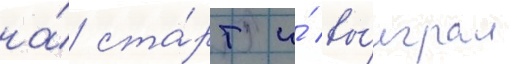
на́ ста́рт и́ вы́играл